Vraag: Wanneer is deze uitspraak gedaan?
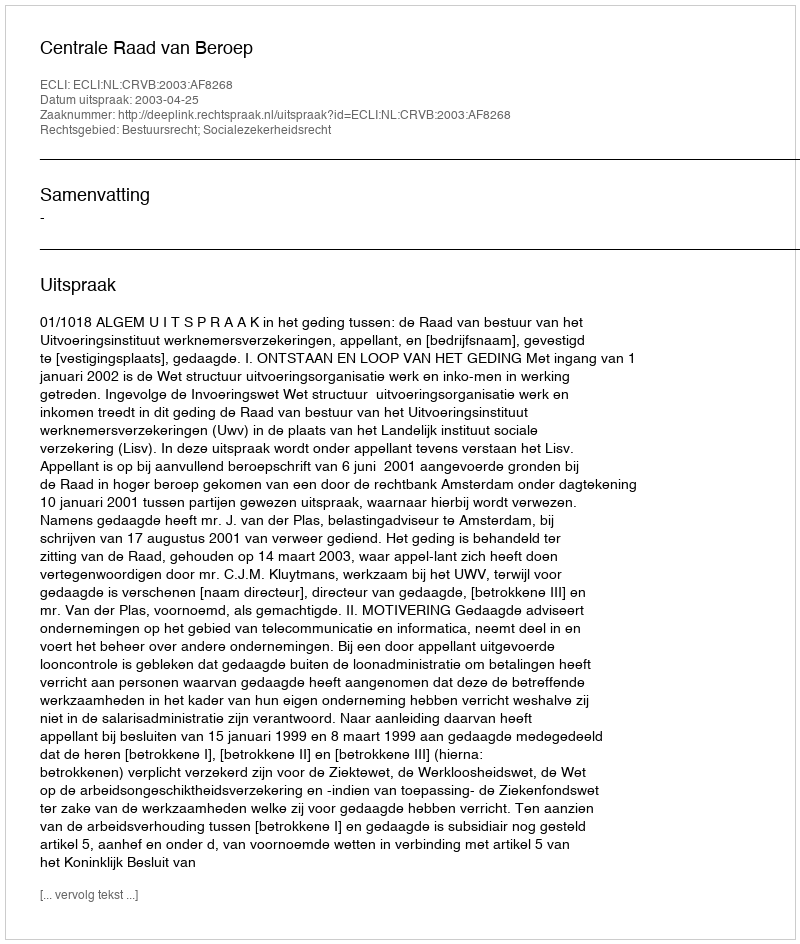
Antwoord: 2003-04-25